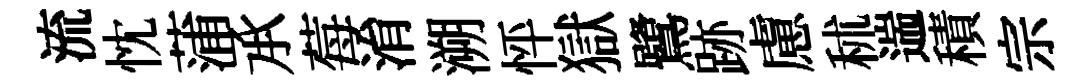
流忱蒲𠄘莓㳙溯怦獄鷺跡慮秫遄積宗